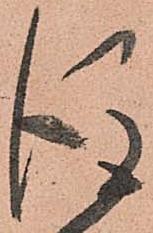
後